Scottish Leaving Certificate Examination, 1958
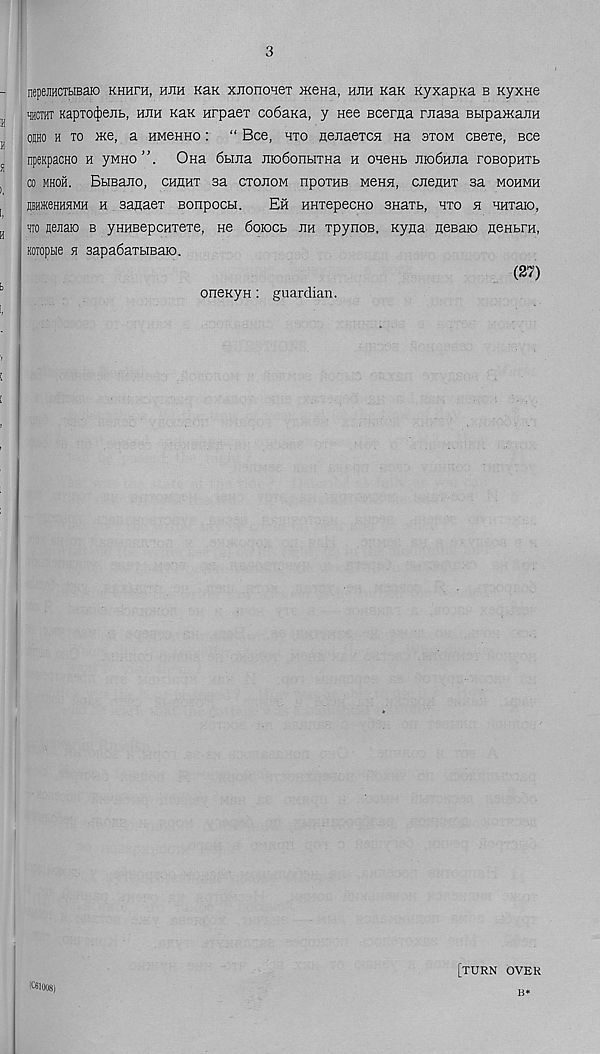
nepejiHCTbisaio nwru, hjih kzk xnononex mena, hjih KaK KyxapKa b Kyxne
ifflCTHT KapTotJiejib, huh khk nrpaex co6aKa, y nee Bceraa masa BbipajKaiiH
osho h to >Ke, a hmchho : “ Bee, hxo nexaexcH Ha sxom CBexe, see
npeKpacHO h yMHo”. Ona 6bii(a Jiio6onbixHa h onenb JiioSHJia roBopnxb
CO MHOH. BblBaHO, CHflHX 33 CXOJIOM HpOXHB M6HH, CJIBUHT 33 MOHMH
jBHKegHHMH h saflaex Bonpocbi.
Eh HHxepecno snaxb, hxo h HHxaio,
to nejiaro b yHHBepcnxexe, He 6oiocb jih xpynoB, Kyaa neBaio nenbrn,
KOToptie h 3apa6axbiBaio.
(27)
oneKyn : guardian.
[turn over